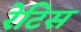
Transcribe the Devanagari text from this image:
रेटिस